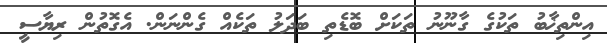
އިންތިޚާބު ތަކުގެ ގާނޫނު ތަކަށް ބޮޑެތި ބަދަލު ތަކެއް ގެންނަން. އެގޮތުން ރިޔާސީ